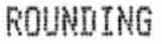
ROUNDING